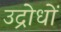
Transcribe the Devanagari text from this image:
उद्रोधों